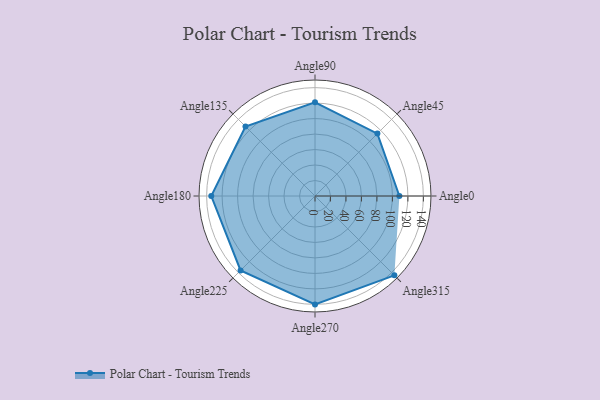
{"axis": {"x": "Angle", "y": "Radius"}, "legend": [""], "data": [{"x": "Angle0", "y": 109.0, "type": ""}, {"x": "Angle45", "y": 114.0, "type": ""}, {"x": "Angle90", "y": 121.0, "type": ""}, {"x": "Angle135", "y": 127.0, "type": ""}, {"x": "Angle180", "y": 134.0, "type": ""}, {"x": "Angle225", "y": 136.0, "type": ""}, {"x": "Angle270", "y": 140.0, "type": ""}, {"x": "Angle315", "y": 145.0, "type": ""}]}